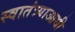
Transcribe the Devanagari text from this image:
स्वातंत्र्याआधी